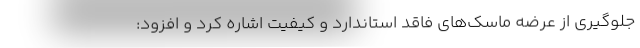
جلوگیری از عرضه ماسک‌های فاقد استاندارد و کیفیت اشاره کرد و افزود: